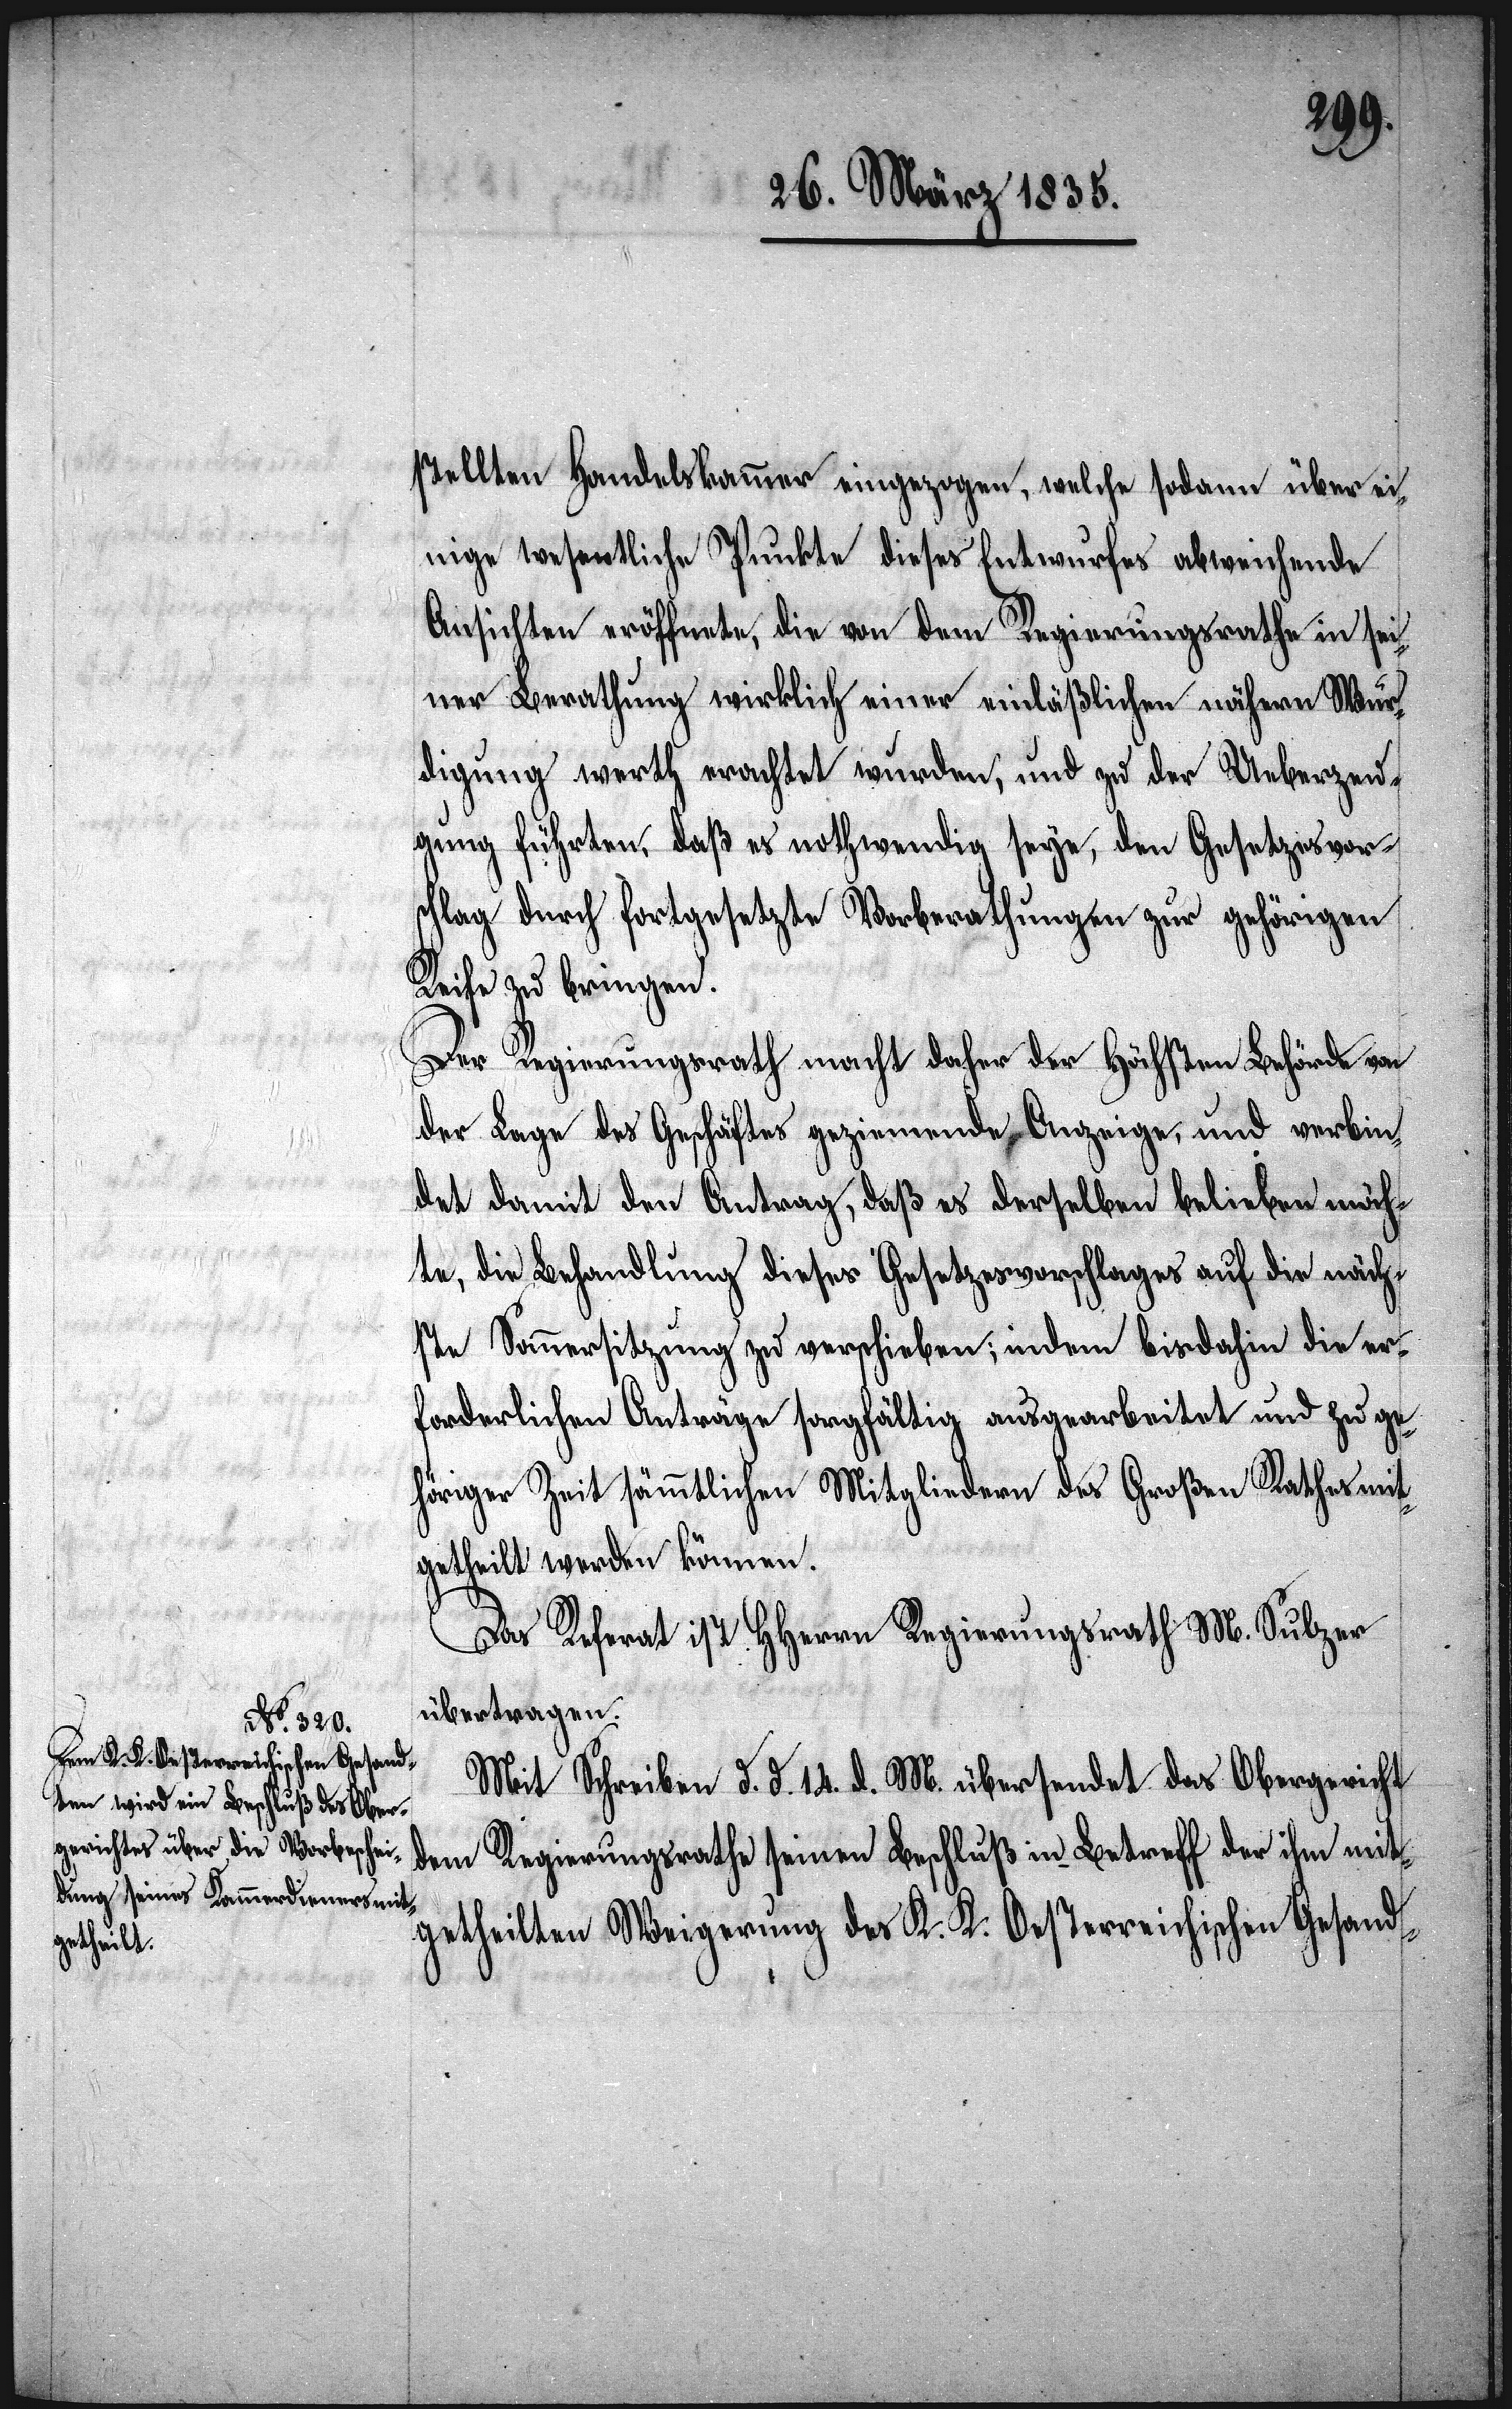
mit¬
stellten Handelskammer eingezogen, welche sodann über ei¬
nige wesentliche Punkte dieses Entwurfes abweichende
Ansichten eröffnete, die von dem Regierungsrathe in sei¬
ner Berathung wirklich einer einläßlichen nähern Wür¬
digung werth erachtet wurden, und zu der Ueberzeu¬
gung führten, daß es nothwendig seye, den Gesetzesvor¬
schlag durch fortgesetzte Vorberathungen zur gehörigen
Reife zu bringen.
Der Regierungsrath macht daher der Höchsten Behörde von
der Lage des Geschäftes geziemende Anzeige, und verbin¬
det damit den Antrag, daß es derselben belieben möch¬
te, die Behandlung dieses Gesetzesvorschlages auf die näch¬
ste Sommersitzung zu verschieben; indem bisdahin die er¬
forderlichen Anträge sorgfältig ausgearbeitet und zu ge¬
höriger Zeit sämmtlichen Mitgliedern des Großen Rathes mit¬
getheilt werden können.
Das Referat ist HHerren Regierungsrath M. Sulzer
übertragen.
Mit Schreiben d. d. 14. d. M. übersendet das Obergericht
getheilten Weigerung des K. K. Oesterreichischen Gesand-